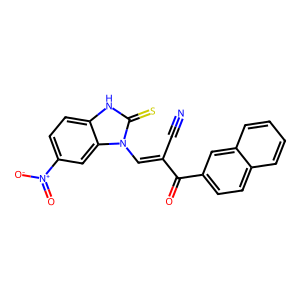
SMILES: N#CC(=Cn1c(=S)[nH]c2ccc([N+](=O)[O-])cc21)C(=O)c1ccc2ccccc2c1
Inhibits HIV replication: No